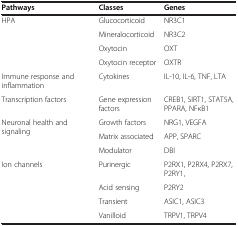
<table><thead><tr><td><b>Pathways</b></td><td><b>Classes</b></td><td><b>Genes</b></td></tr></thead><tbody><tr><td>HPA</td><td>Glucocorticoid</td><td>NR3C1</td></tr><tr><td> </td><td>Mineralocorticoid</td><td>NR3C2</td></tr><tr><td> </td><td>Oxytocin</td><td>OXT</td></tr><tr><td> </td><td>Oxytocin receptor</td><td>OXTR</td></tr><tr><td>Immune response and inflammation</td><td>Cytokines</td><td>IL-10, IL-6, TNF, LTA</td></tr><tr><td>Transcription factors</td><td>Gene expression factors</td><td>CREB1, SIRT1, STAT5A, PPARA, NFκB1</td></tr><tr><td rowspan="3">Neuronal health and signaling</td><td>Growth factors</td><td>NRG1, VEGFA</td></tr><tr><td>Matrix associated</td><td>APP, SPARC</td></tr><tr><td>Modulator</td><td>DBI</td></tr><tr><td>Ion channels</td><td>Purinergic</td><td>P2RX1, P2RX4, P2RX7, P2RY1,</td></tr><tr><td> </td><td>Acid sensing</td><td>P2RY2</td></tr><tr><td> </td><td>Transient</td><td>ASIC1, ASIC3</td></tr><tr><td> </td><td>Vanilloid</td><td>TRPV1, TRPV4</td></tr></tbody></table>